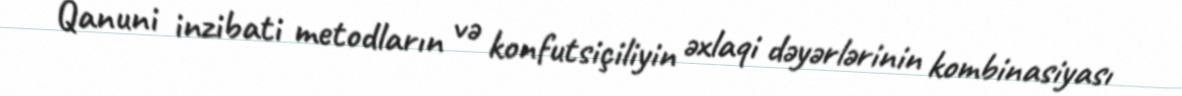
Qanuni inzibati metodların və konfutsiçiliyin əxlaqi dəyərlərinin kombinasiyası